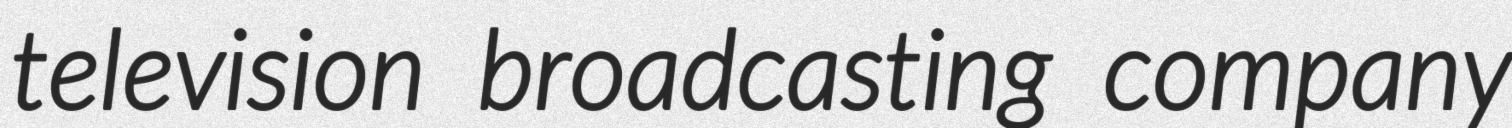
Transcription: television broadcasting company